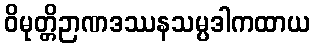
ဝိမုတ္တိဉာဏဒဿနသမ္ပဒါကထာယ